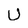
Character: U